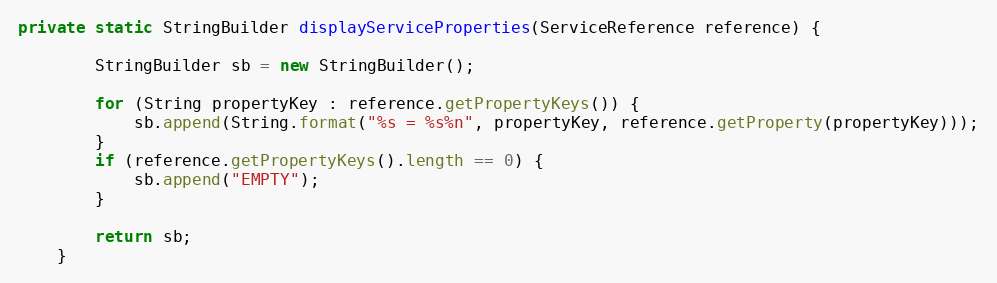
Language: Java
private static StringBuilder displayServiceProperties(ServiceReference reference) {

        StringBuilder sb = new StringBuilder();

        for (String propertyKey : reference.getPropertyKeys()) {
            sb.append(String.format("%s = %s%n", propertyKey, reference.getProperty(propertyKey)));
        }
        if (reference.getPropertyKeys().length == 0) {
            sb.append("EMPTY");
        }

        return sb;
    }